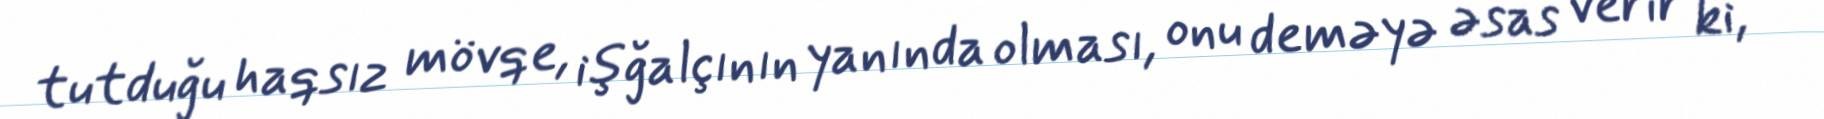
tutduğu haqsız mövqe, işğalçının yanında olması, onu deməyə əsas verir ki,